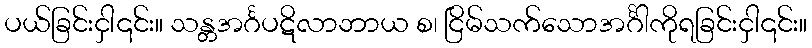
ပယ်ခြင်းငှါ၎င်း။ သန္တအင်္ဂပဋိလာဘာယ စ၊ ငြိမ်သက်သောအင်္ဂါကိုရခြင်းငှါ၎င်း။